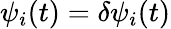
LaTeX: \psi_{i}(t)=\delta\psi_{i}(t)